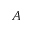
A